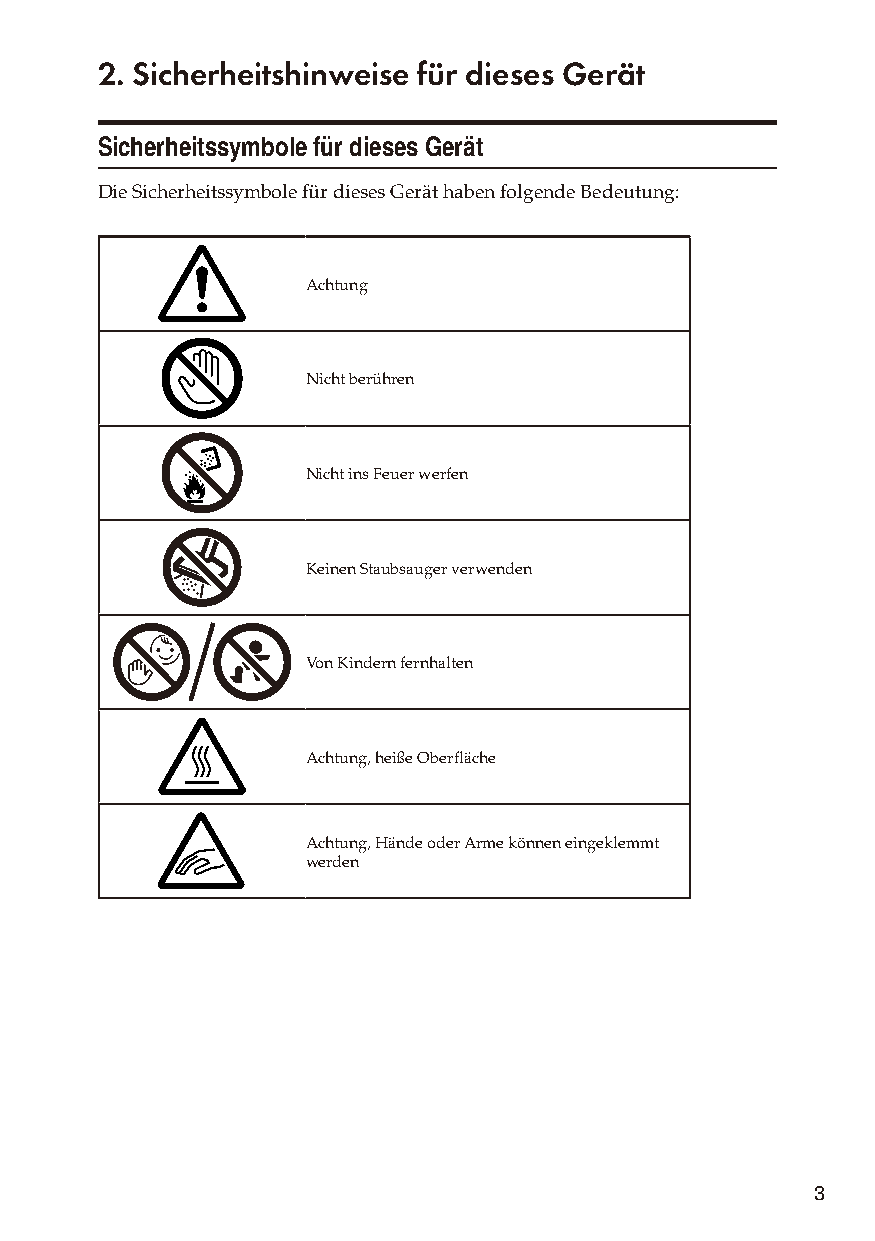
2. Sicherheitshinweise für dieses Gerät
 Sicherheitssymbole für dieses Gerät
 Die Sicherheitssymbole für dieses Gerät haben folgende Bedeutung:
 Achtung
 Nicht berühren
 Nicht ins Feuer werfen
 Keinen Staubsauger verwenden
 Von Kindern fernhalten
 Achtung, heiße Oberfläche
 Achtung, Hände oder Arme können eingeklemmt
 werden
 3